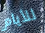
للأيام